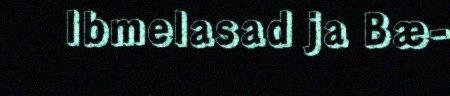
Ibmelasad ja Bæ-